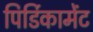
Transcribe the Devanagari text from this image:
पिर्डिकामेंट